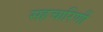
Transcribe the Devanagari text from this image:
सहचारिणीं